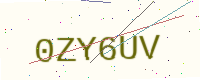
Text: 0ZY6UV